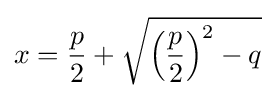
x={\frac {p}{2}}+{\sqrt {\left({\frac {p}{2}}\right)^{2}-q}}